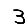
Digit: 3